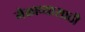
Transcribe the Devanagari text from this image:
मेळाव्यासाठी